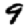
Digit: 9